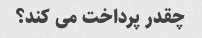
چقدر پرداخت می کند؟